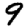
Digit: 9